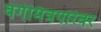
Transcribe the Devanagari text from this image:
वर्गमित्रपरिवर